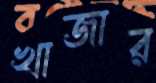
খাজার